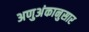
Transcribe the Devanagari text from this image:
अणुअंकानुसार